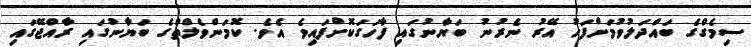
ސިމެގްގެ ބައްދަލުވުމަށްފަހު އޭރު ނެރުނު ބަޔާނުގައި ފާހަގަކޮށްފައިވެ އެވެ. ކޮމަންވެލްތްގެ ބަޔާނުގައި ރާއްޖޭގައި